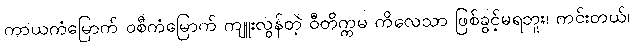
ကာယကံမြောက် ဝစီကံမြောက် ကျူးလွန်တဲ့ ဝီတိက္ကမ ကိလေသာ ဖြစ်ခွင့်မရဘူး၊ ကင်းတယ်၊